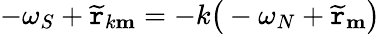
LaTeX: -\omega_{S}+\widetilde{\mathtt{r}}_{k\mathbf{m}}=-k\big(-\omega_{N}+\widetilde{\mathtt{r}}_{\mathbf{m}}\big)